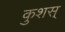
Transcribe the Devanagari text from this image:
कुशस्